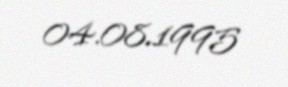
04.08.1995